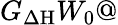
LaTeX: G_{\Delta\mathrm{H}}W_{0}@